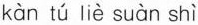
kàn tú liè suàn shì